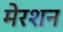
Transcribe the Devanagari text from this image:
मेरशन